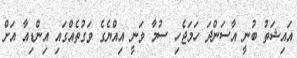
އައިޝަތު ބުނީ އާސަންދަ ހަމަޖެހި ސުމާ ވަނީ އިއްޔެގެ ވަގުތެއްގައި އިންޑިއާ އަށް